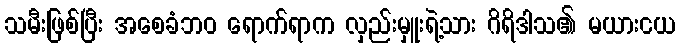
သမီးဖြစ်ပြီး အစေခံဘဝ ရောက်ရာက လှည်းမှူးရဲ့သား ဂိရိဒါသ၏ မယားငယ